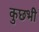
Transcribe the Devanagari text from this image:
कुछभी